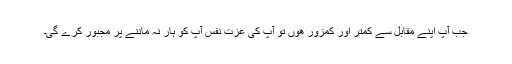
جب آپ اپنے مقابل سے کمتر اور كمزور هوں تو آپ کی عزت نفس آپ کو ہار نہ ماننے پر مجبور کرے گی۔